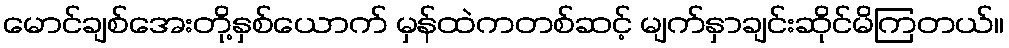
မောင်ချစ်အေးတို့နှစ်ယောက် မှန်ထဲကတစ်ဆင့် မျက်နှာချင်းဆိုင်မိကြတယ်။